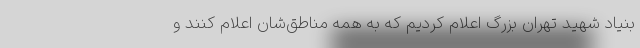
بنیاد شهید تهران بزرگ اعلام کردیم که به همه مناطق‌شان اعلام کنند و